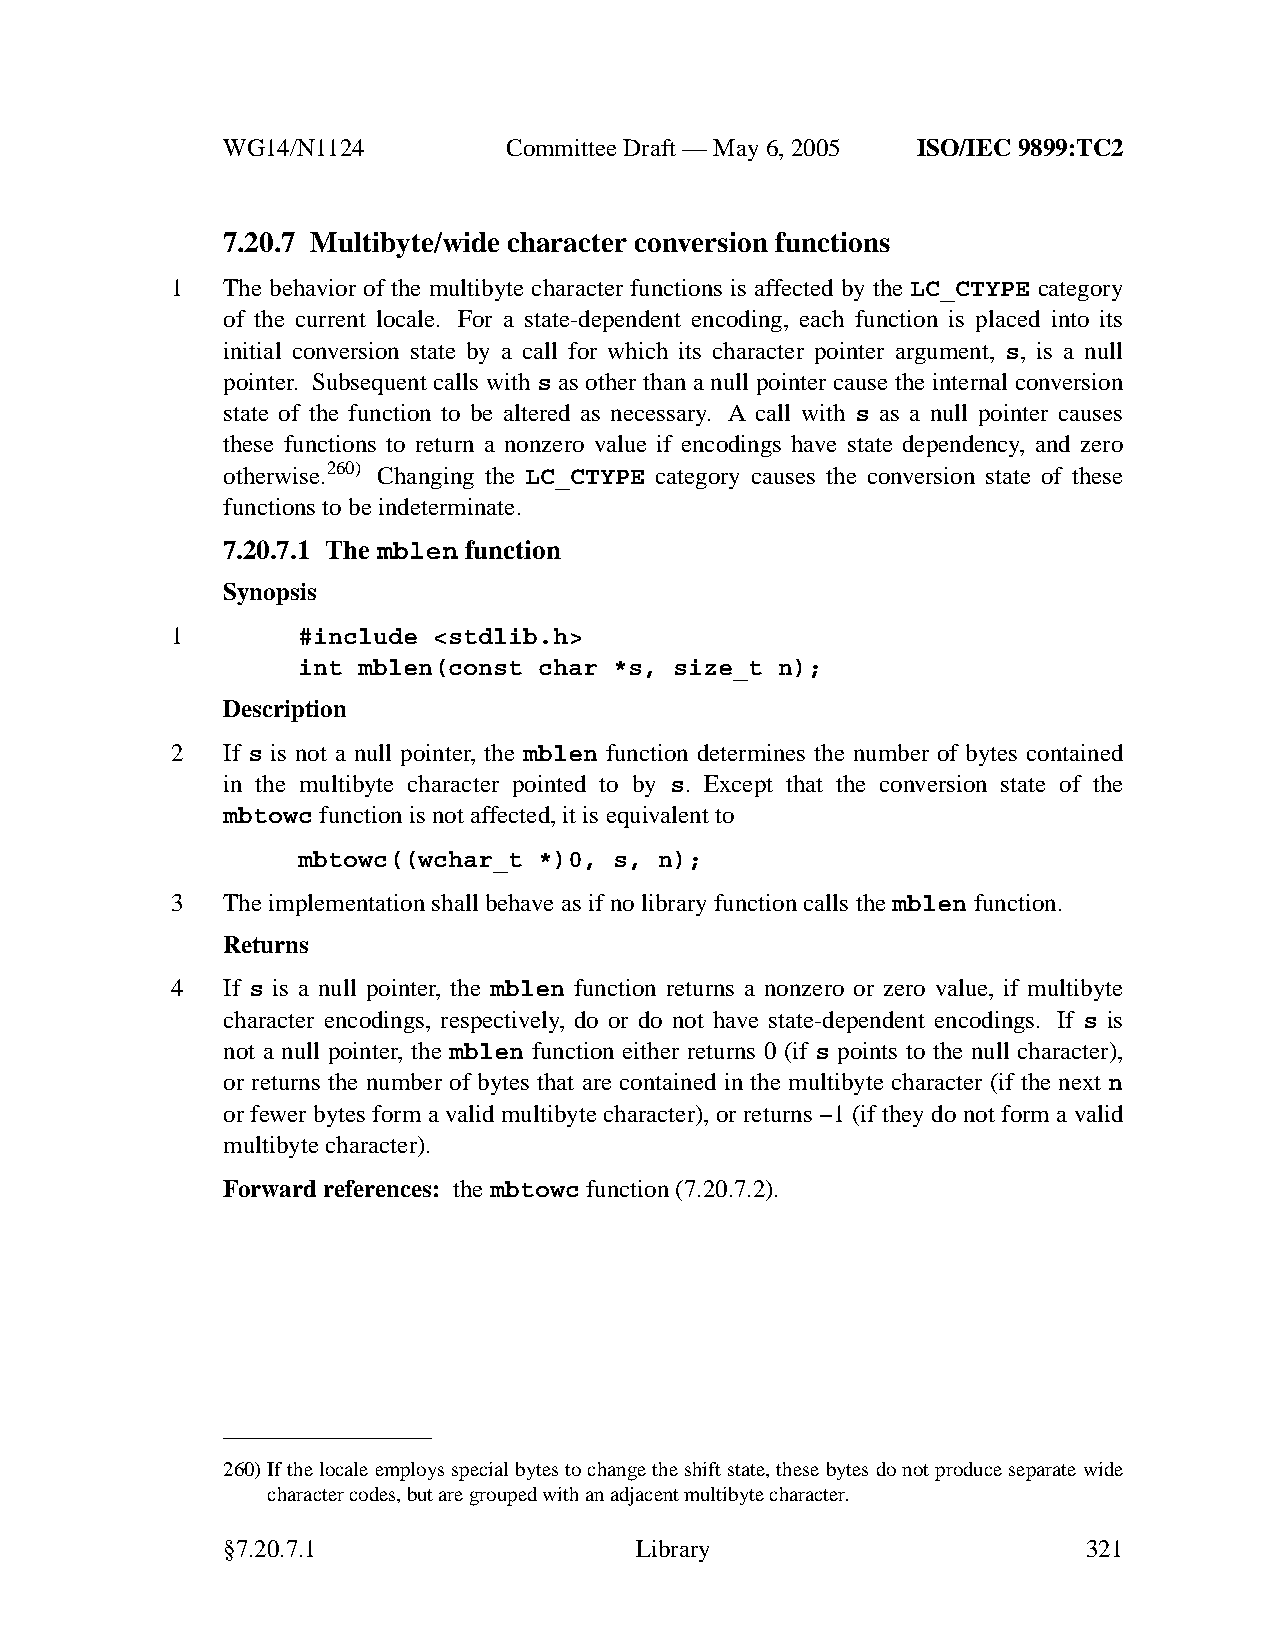
WG14/N1124        CommitteeDraft — May 6, 2005 ISO/IEC 9899:TC2
 7.20.7 Multibyte/wide character conversion functions
 1   The behavior of the multibyte character functions is affected by the LC_CTYPE category
 of the current locale. For a state-dependent encoding, each function is placed into its
 initial conversion state by a call for which its character pointer argument, s, is a null
 pointer. Subsequent calls with s as other than a null pointer cause the internal conversion
 state of the function to be altered as necessary. A call with s as a null pointer causes
 these functions to return a nonzero value if encodings have state dependency, and zero
 otherwise.260) Changing the LC_CTYPE category causes the conversion state of these
 functions to be indeterminate.
 7.20.7.1 The mblen function
 Synopsis
 1        #include <stdlib.h>
 int mblen(const char *s, size_t n);
 Description
 2   If s is not a null pointer, the mblen function determines the number of bytes contained
 in the multibyte character pointed to by s. Except that the conversion state of the
 mbtowc function is not affected, it is equivalent to
 mbtowc((wchar_t *)0, s, n);
 3   The implementation shall behave asifnolibrary function calls the mblen function.
 Returns
 4   If s is a null pointer, the mblen function returns a nonzero or zero value, if multibyte
 character encodings, respectively, do or do not have state-dependent encodings. If s is
 not a null pointer, the mblen function either returns 0 (if s points to the null character),
 or returns the number of bytes that are contained in the multibyte character (if the next n
 or fewer bytes form a valid multibyte character), or returns −1 (if they do not form a valid
 multibyte character).
 Forward references: thembtowc function (7.20.7.2).
 260)If the locale employs special bytes to change the shift state, these bytes do not produce separate wide
 character codes, but are grouped with an adjacent multibyte character.
 §7.20.7.1                  Library                       321